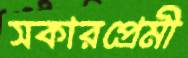
সকারপ্রেমী